Lunatic asylums Punjab 1911-1921 - 1911-1921
Year: 1911
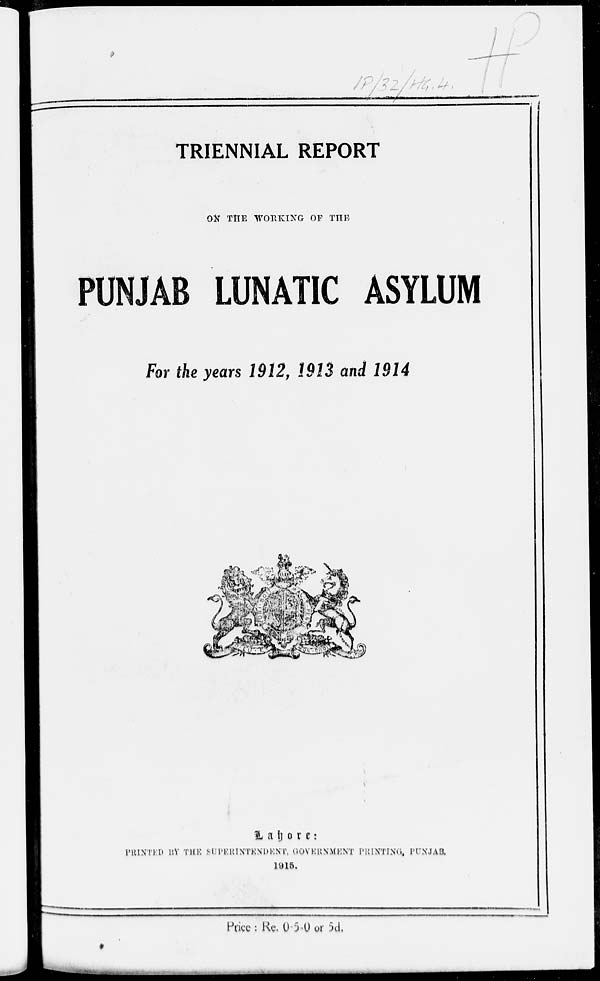
TRIENNIAL REPORT
ON THE WORKING OF THE
PUNJAB LUNATIC ASYLUM
For the years 1912, 1913 and 1914
Lahore:
PRINTED BY THE SUPERINTENDENT, GOVERNMENT PRINTING, PUNJAB.
1915.